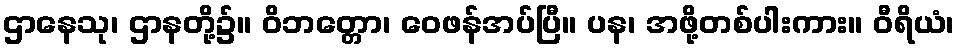
ဌာနေသု၊ ဌာနတို့၌။ ဝိဘတ္တော၊ ဝေဖန်အပ်ပြီ။ ပန၊ အဖို့တစ်ပါးကား။ ဝီရိယံ၊